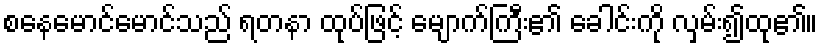
စနေမောင်မောင်သည် ရတနာ ထုပ်ဖြင့် မျောက်ကြီး၏ ခေါင်းကို လှမ်း၍ထု၏။